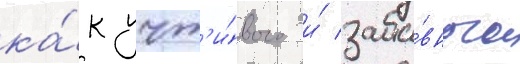
ка́к учт'и́вого и́ заба́вного